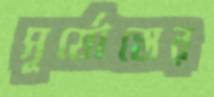
সূর্যোস্তের